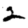
Digit: 2